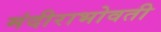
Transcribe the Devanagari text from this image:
मंदीराभोवती